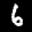
Label: 6